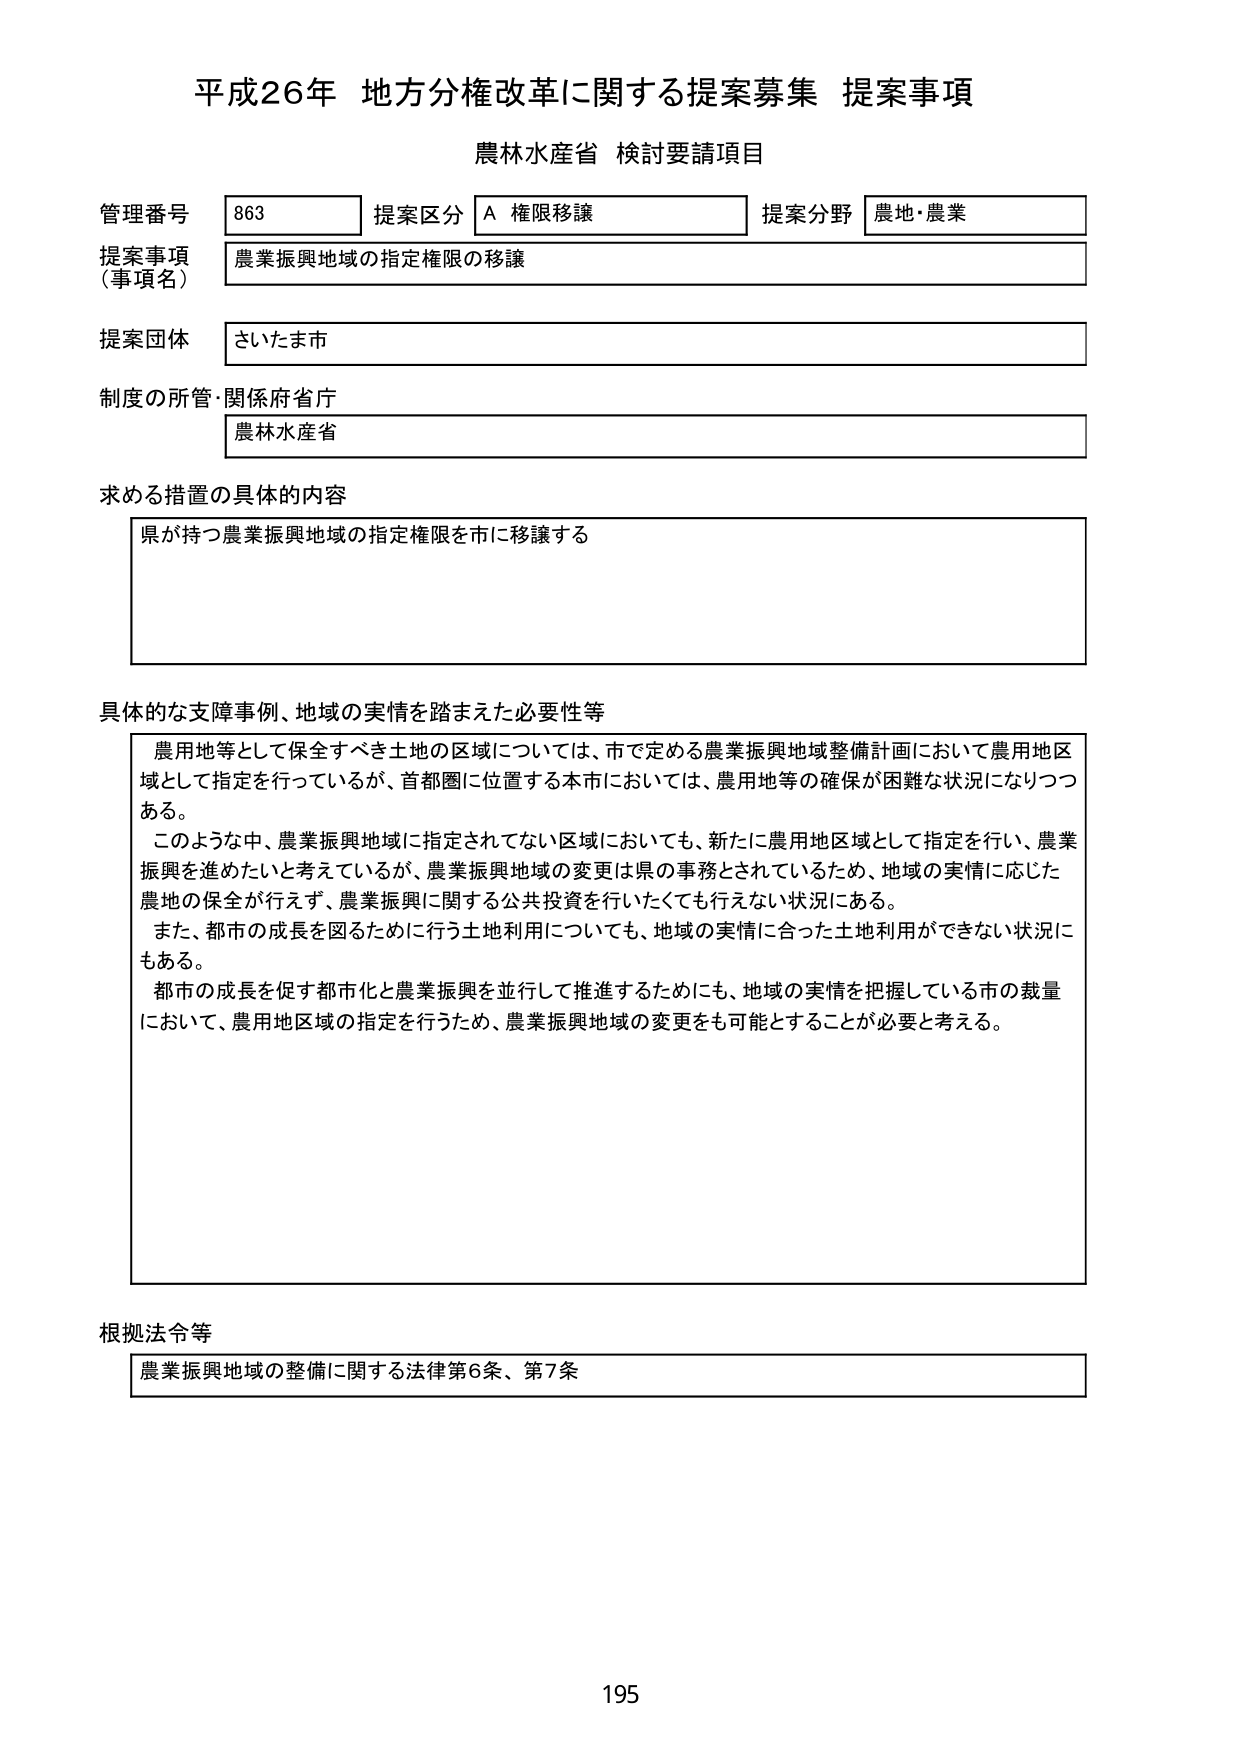
平成26年 地方分権改革に関する提案募集 提案事項
農林水産省 検討要請項目

管理番号 863 提案区分 A 権限移譲 提案分野 農地・農業
提案事項（事項名） 農業振興地域の指定権限の移譲
提案団体 さいたま市
制度の所管・関係府省庁 農林水産省

求める措置の具体的な内容
県が持つ農業振興地域の指定権限を市に移譲する

具体的な支障事例、地域の実情を踏まえた必要性等
農用地等として保全すべき土地の区域については、市で定める農業振興地域整備計画において農用地区域として指定を行っているが、首都圏に位置する本市においては、農用地等の確保が困難な状況になりつつある。
このような中、農業振興地域に指定されてない区域においても、新たに農用地区域として指定を行い、農業振興を進めたいと考えているが、農業振興地域の変更は県の事務とされているため、地域の実情に応じた農地の保全が行えず、農業振興に関する公共投資を行いたくても行えない状況にある。
また、都市の成長を図るために行う土地利用についても、地域の実情に合った土地利用ができない状況にもある。
都市の成長を促す都市化と農業振興を並行して推進するためにも、地域の実情を把握している市の裁量において、農用地区域の指定を行うため、農業振興地域の変更をも可能とすることが必要と考える。

根拠法令等
農業振興地域の整備に関する法律第6条、第7条

195